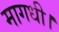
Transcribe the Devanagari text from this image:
मागधी।